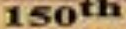
150th